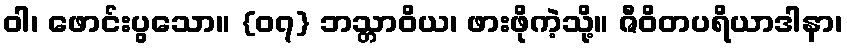
ဝါ၊ ဖောင်းပွသော။ {၀၇} ဘသ္တာဝိယ၊ ဖားဖိုကဲ့သို့။ ဇီဝိတပရိယာဒါနာ၊